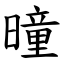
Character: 曈